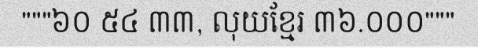
"""៦០ ៥៤ ៣៣, លុយខ្មែរ ៣៦.០០០"""